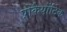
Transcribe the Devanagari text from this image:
प्रोकैर्योटिक